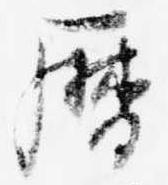
暦